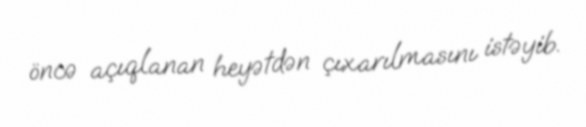
öncə açıqlanan heyətdən çıxarılmasını istəyib.